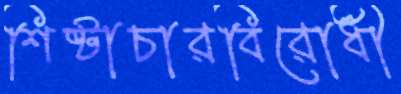
শিষ্টাচারবিরোধী